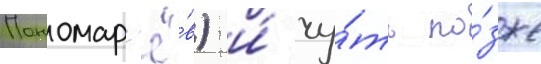
Пономар'ё́в) и́ чу́ть по́зже